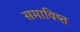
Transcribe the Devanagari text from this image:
समाविष्त